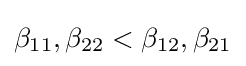
\beta _{11},\beta _{22}<\beta _{12},\beta _{21}